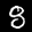
Label: 8